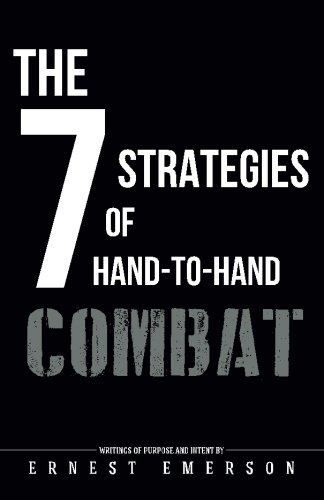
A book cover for The Seven Strategies of Hand to Hand Combat: Surviving in the Arena of Life and Death; Ernest Emerson; Sports & Outdoors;